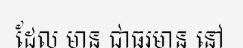
ដែល មាន ជាធរមាន នៅ